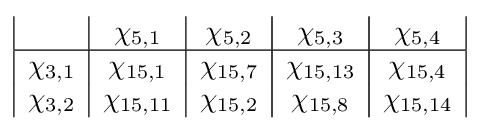
{\begin{array}{|c|c|c|c|c|c|c|}&\chi _{5,1}&\chi _{5,2}&\chi _{5,3}&\chi _{5,4}\\\hline \chi _{3,1}&\chi _{15,1}&\chi _{15,7}&\chi _{15,13}&\chi _{15,4}\\\chi _{3,2}&\chi _{15,11}&\chi _{15,2}&\chi _{15,8}&\chi _{15,14}\\\end{array}}